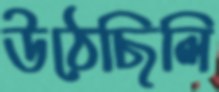
উঠেছিলি